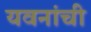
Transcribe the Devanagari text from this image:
यवनांची